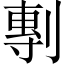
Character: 剸